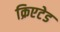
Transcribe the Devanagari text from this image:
क्रिएटेड